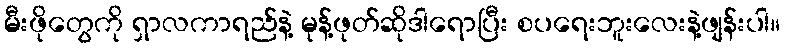
မီးဖိုတွေကို ရှာလကာရည်နဲ့ မုန့်ဖုတ်ဆိုဒါရောပြီး စပရေးဘူးလေးနဲ့ဖျန်းပါ။